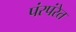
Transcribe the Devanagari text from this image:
पंरपंरेत